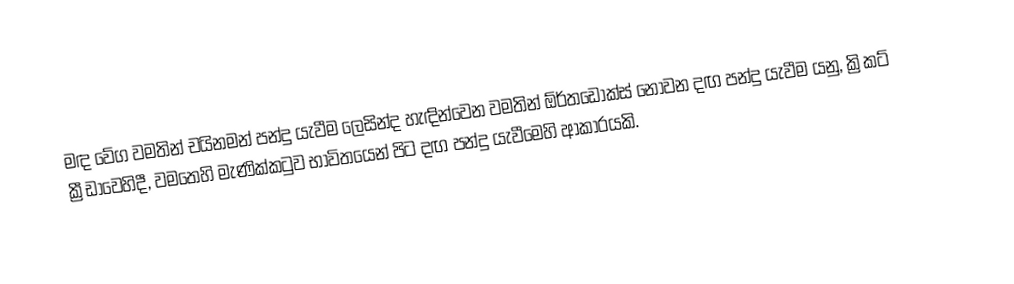
මඳ වේග වමතින් චයිනමන් පන්දු යැවීම ලෙසින්ද හැඳින්වෙන වමතින් ඕර්තඩොක්ස් නොවන දඟ පන්දු යැවීම යනු,  ක්‍රිකට් ක්‍රීඩාවෙහිදී, වමතෙහි මැණික්කටුව භාවිතයෙන් පිට දඟ පන්දු යැවීමෙහි ආකාරයකි.